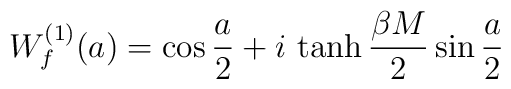
W_{f}^{(1)}(a) = \cos{a\over 2} + i\,\tanh{\beta M\over 2}\sin{a\over2}